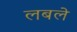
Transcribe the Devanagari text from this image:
लबले